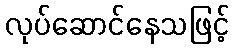
လုပ်ဆောင်နေသဖြင့်